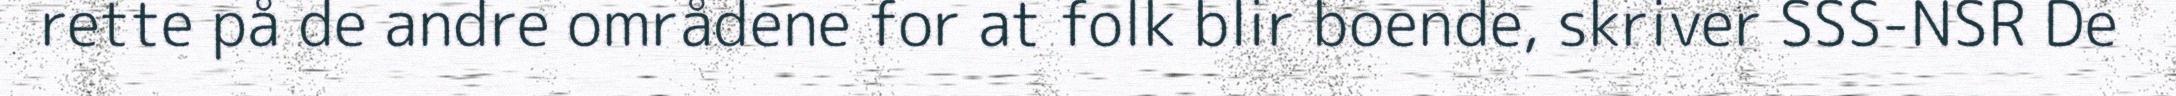
rette på de andre områdene for at folk blir boende, skriver SSS-NSR De